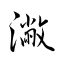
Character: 潎